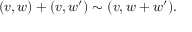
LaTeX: ( v , w ) + ( v , w ^ { \prime } ) \sim ( v , w + w ^ { \prime } ) .